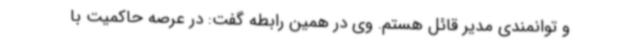
و توانمندی مدیر قائل هستم‌. وی در همین رابطه گفت: در عرصه حاکمیت با